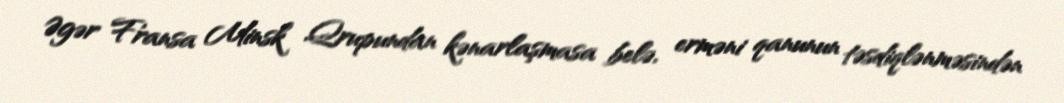
Əgər Fransa Minsk Qrupundan kənarlaşmasa belə, erməni qanunun təsdiqlənməsindən